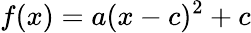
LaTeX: f(x)=a(x-c)^{2}+c